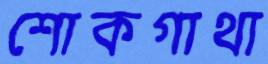
শোকগাথা